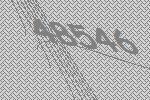
48546